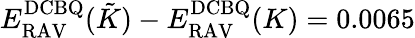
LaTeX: E_{\mathrm{RAV}}^{\mathrm{DCBQ}}(\tilde{K})-E_{\mathrm{RAV}}^{\mathrm{DCBQ}}(K)=0.0065